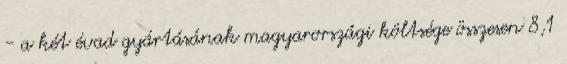
- a két évad gyártásának magyarországi költsége összesen 8,1